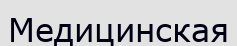
Медицинская